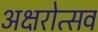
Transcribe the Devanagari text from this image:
अक्षरोत्सव